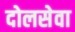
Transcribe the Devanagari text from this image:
दोलसेवा